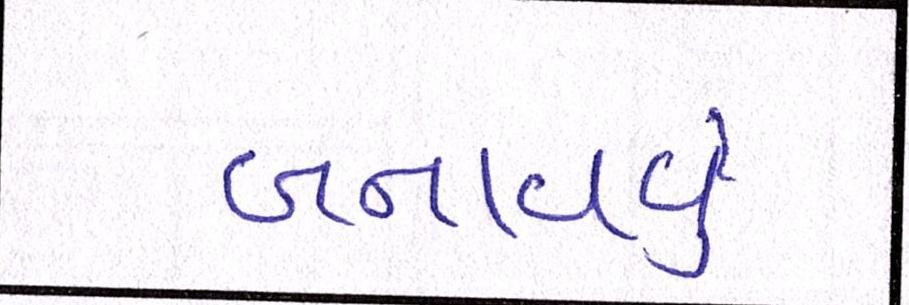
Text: બનાવવુઃ